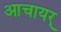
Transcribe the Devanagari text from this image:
आचायर्